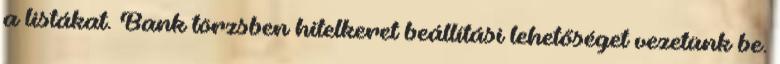
a listákat. Bank törzsben hitelkeret beállítási lehetőséget vezetünk be.